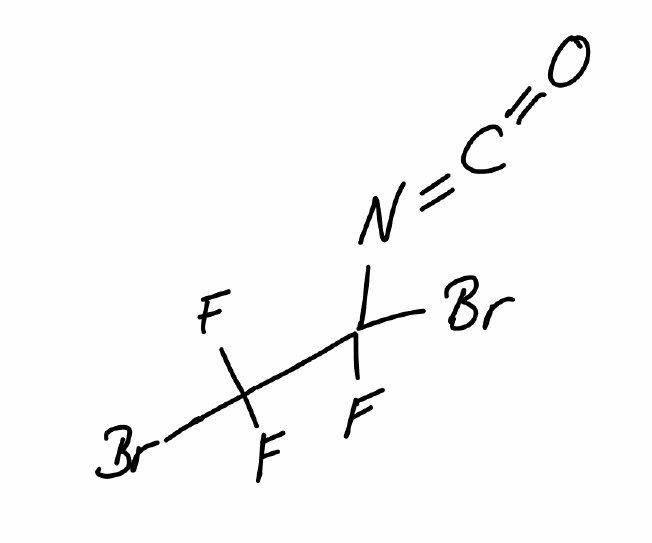
Simplified molecular-input line-entry system (SMILES) notation of the given molecule:
C(=NC(C(F)(F)Br)(F)Br)=O